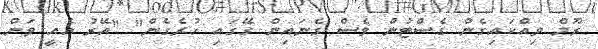
ރޫމް ވިއްކައިގެން ގެސްޓުން ވެސް ގެނައިން ގޭގައި ހުރެގެން" "އޭރު އެއީ ވަން